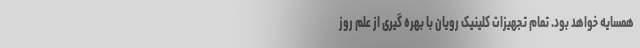
همسایه خواهد بود. تمام تجهیزات کلینیک رویان با بهره ‌گیری از علم روز